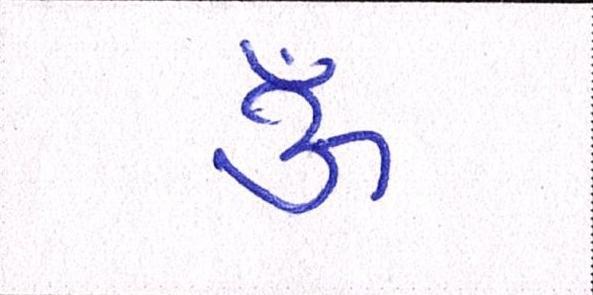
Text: ૐ